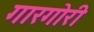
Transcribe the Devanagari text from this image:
गारगोरी